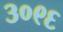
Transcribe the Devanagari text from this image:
३०९६